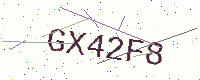
Text: GX42F8